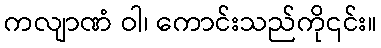
ကလျာဏံ ဝါ၊ ကောင်းသည်ကို၎င်း။